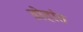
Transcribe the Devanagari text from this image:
डोहांत